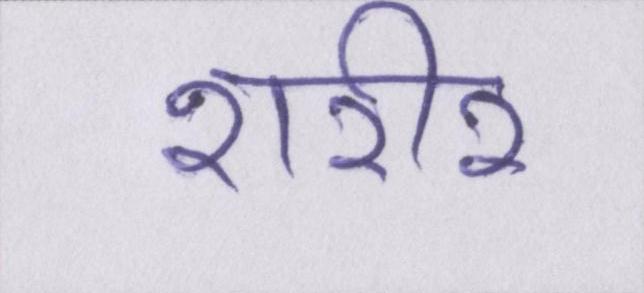
शरीर